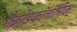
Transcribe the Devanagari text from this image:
मैक्रोइकॉनॉमिक